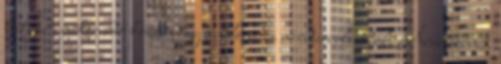
helyzet, mikor idő közben egy pillanatra minden elsötétül. Áramszünet.